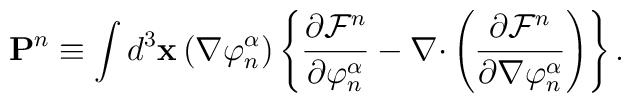
\mathbf{P}^n\equiv \int d^3\mathbf{x}\left( \nabla \varphi _n^\alpha \right)\left\{ \frac{\partial \mathcal{F}^n}{\partial \varphi _n^\alpha }-\nabla \mathbf{\cdot }\left( \frac{\partial \mathcal{F}^n}{\partial \nabla \varphi_n^\alpha }\right) \right\} .